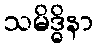
သမိဒ္ဓိနာ